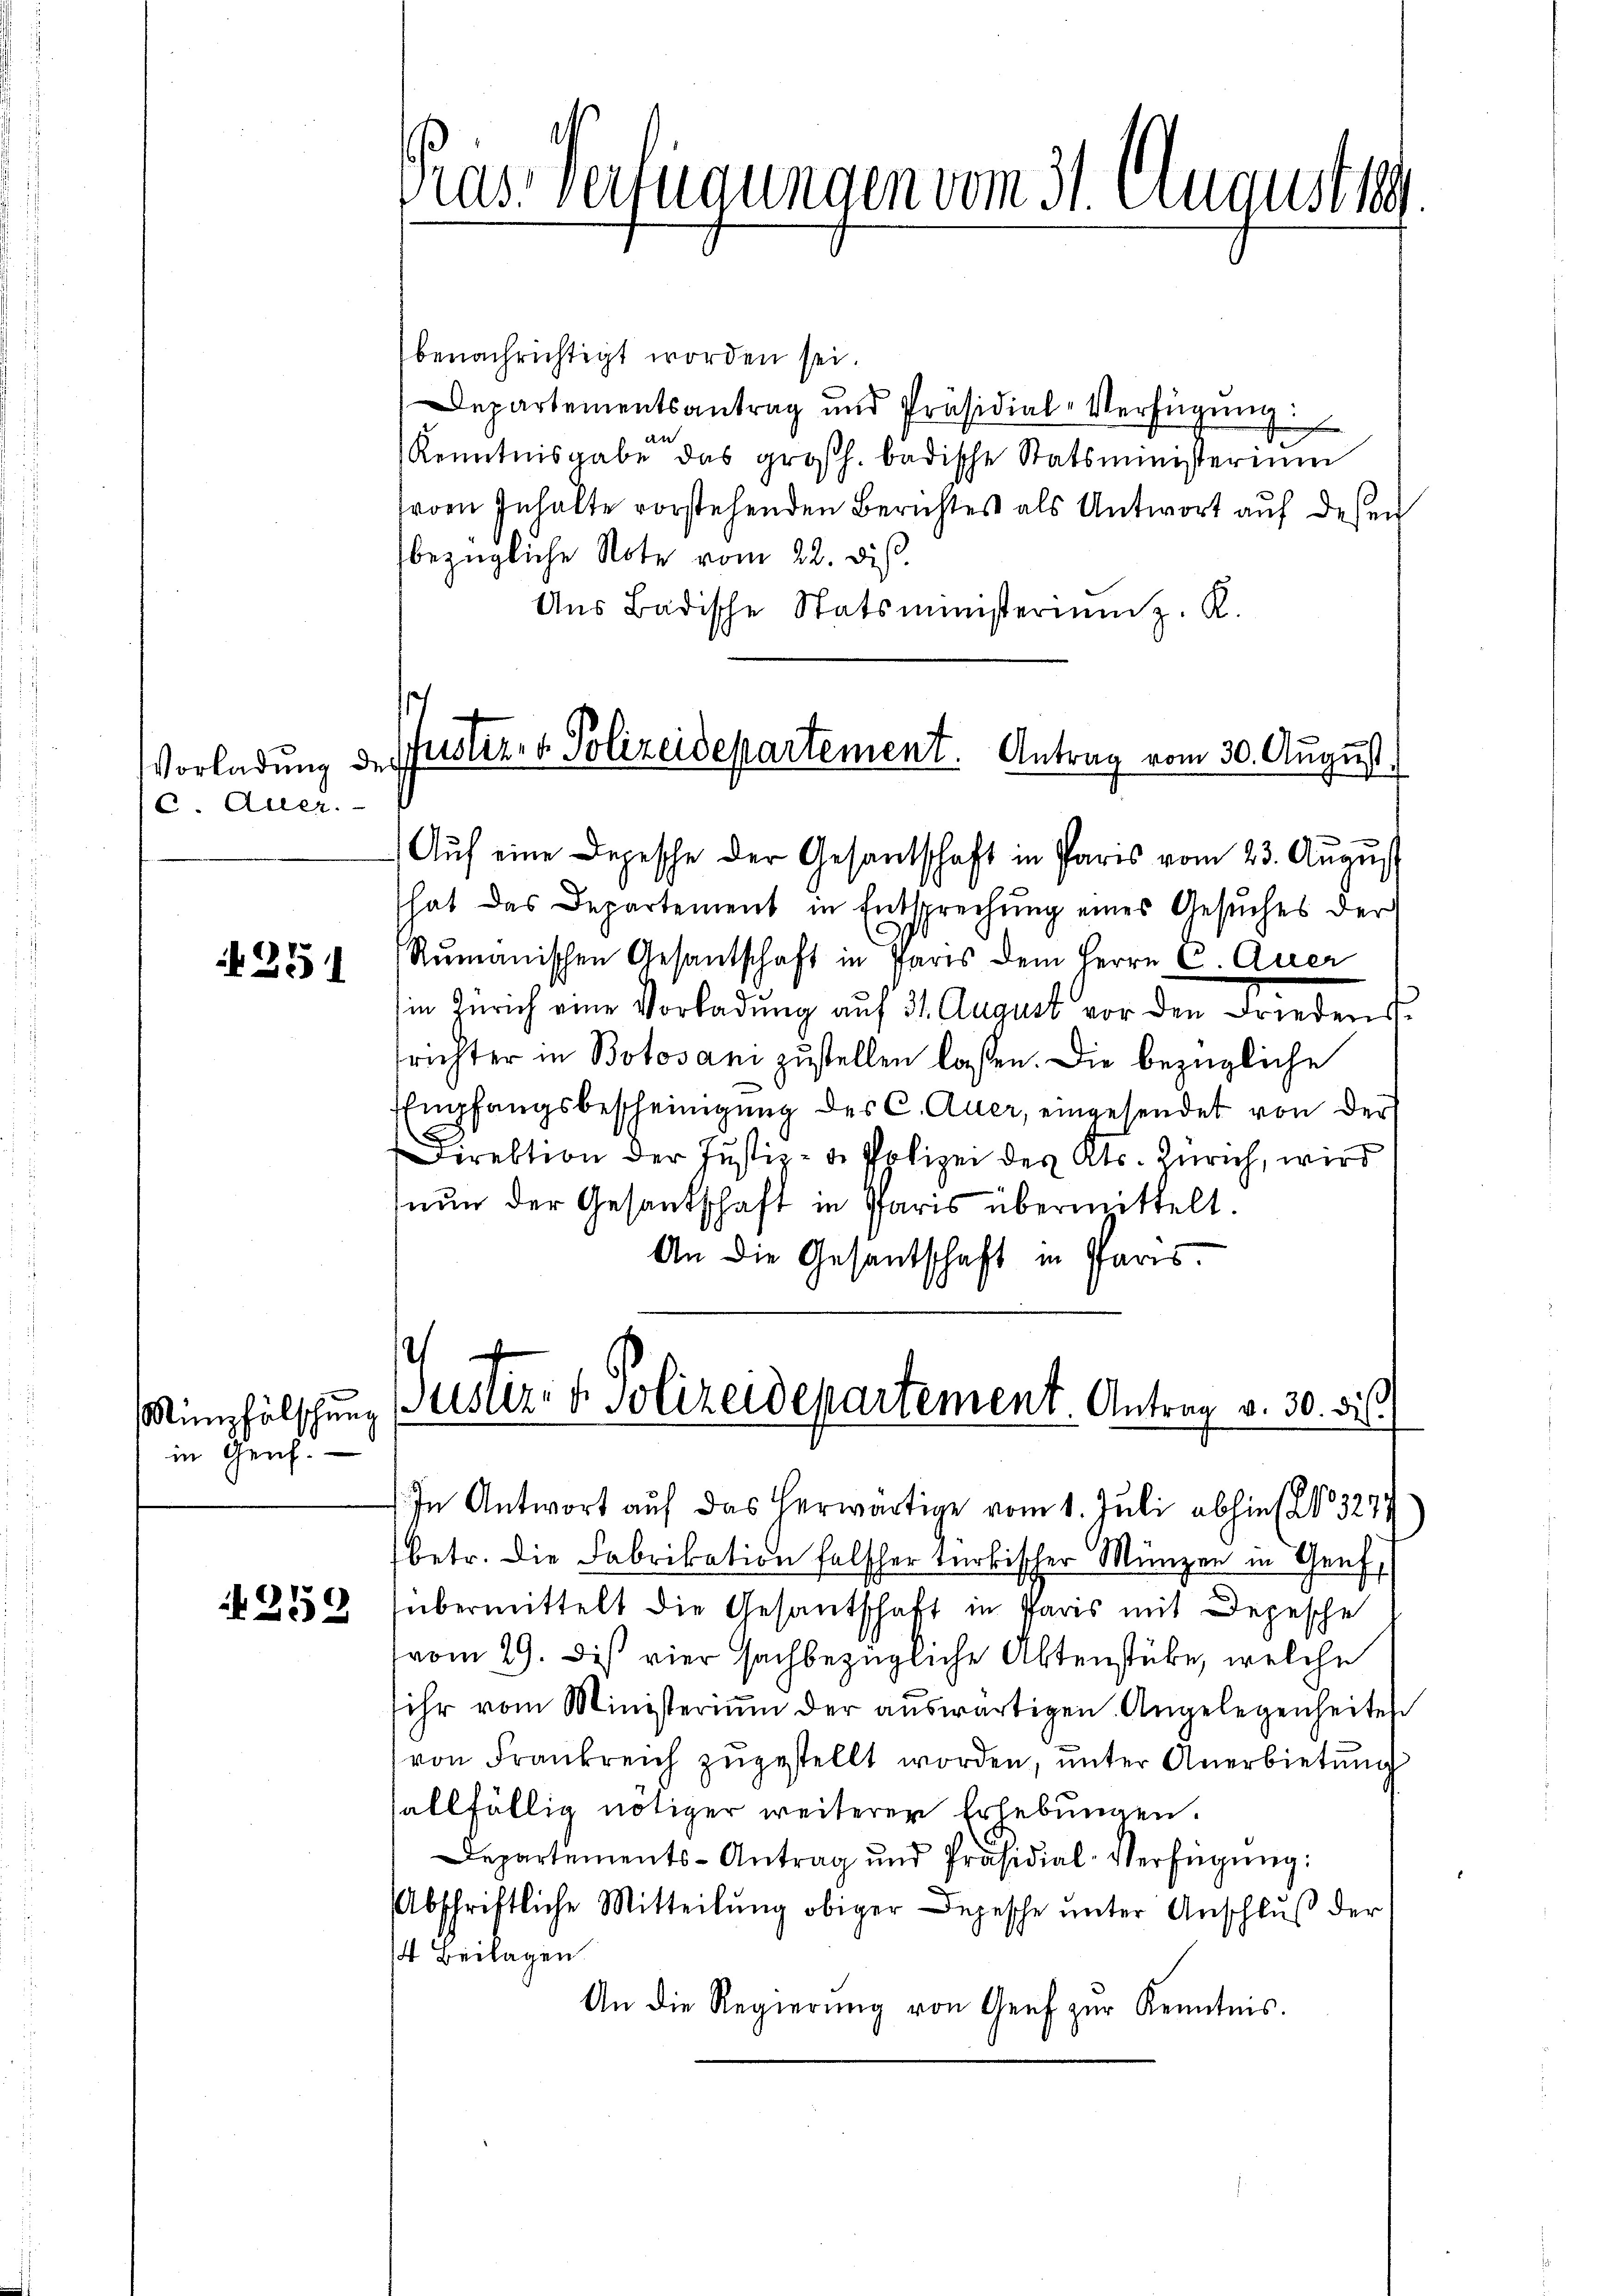
Vorladung d
6. Auer.

251

in Genf.

259

Vras. Verfügungen vom 31. August 189

benachrichtigt worden sei.
Departementsantrag und Präsidial-Verfügung:
A 1
Kenntnisgabe das großh. badische Statsministerium
vom Inhalte vorstehenden Berichtes als Antwort auf desen
bezügliche Note vom 22. dieß.
Ans Badische Statsministerim z. R.
pustiz- & Polizeidepartement. Antrag vom 30. August.
.

Aŭf eine Depesche der Gesantschaft in Paris vom 23. August
hat das Departement in Entsprechŭng eines Gesŭches der
Rŭmanischen Gesantschaft in Paris dem Herrn C. Quer
in Zürich eine Vorladung auf 31. August vor den Friedens-
richter in Botosani zustellen lassen. Die bezügliche
EEmpfangsbescheinigung des C. Auer, eingesendet von der
Direktion der Justiz- & Polizei des Kts. Zürich, wird
nun der Gesandschaft in Paris übermittelt.
An die Gesantschaft in Pfarrs.
In Antwort auf das herwärtige vom 1. Juli abhin No 3274
betr. die Fabrikation falscher türkischer Münzen in Genf,
übermittelt die Gesantschaft in Paris mit Depesche
vom 29. Dies vier sachbezügliche Aktenstube, welche
ihr vom Ministerium der aŭswärtigen Angelegenheites
von Frankreich zugestellt worden, unter Anerbietung
allfällig nötiger weiterer Erhebungen.
Departements-Antrag und Präsidial-Verfügŭng:
Abschriftliche Mitteilŭng obiger Depesche ŭnter Anschluß der
4 Beilagen.
An die Regierŭng von Genf zŭr Kenntnis.

impfälschung (erster der Polizeidepartement. Antrag v. 30. bis